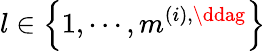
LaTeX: l\in\left\{ 1,\cdots,m^{\left(i\right),\ddag}\right\}